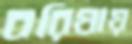
বরিষায়